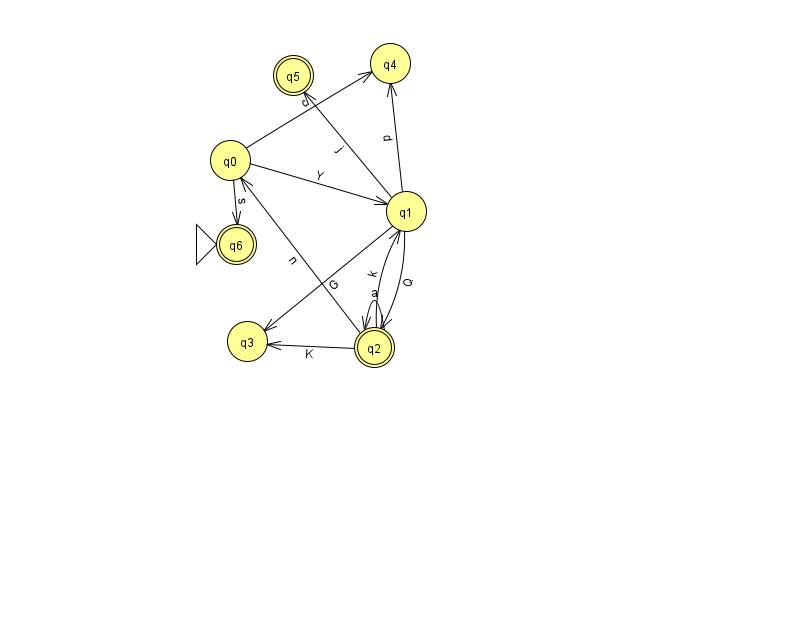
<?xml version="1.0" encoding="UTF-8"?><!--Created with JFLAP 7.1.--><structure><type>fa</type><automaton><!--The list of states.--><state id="0" name="q0"><x>230.0</x><y>147.0</y></state><state id="1" name="q1"><x>406.0</x><y>198.0</y></state><state id="2" name="q2"><x>374.0</x><y>334.0</y><final/></state><state id="3" name="q3"><x>247.0</x><y>328.0</y></state><state id="4" name="q4"><x>390.0</x><y>50.0</y></state><state id="5" name="q5"><x>293.0</x><y>62.0</y><final/></state><state id="6" name="q6"><x>236.0</x><y>231.0</y><initial/><final/></state><!--The list of transitions.--><transition><from>0</from><to>6</to><read>s</read></transition><transition><from>2</from><to>2</to><read>a</read></transition><transition><from>1</from><to>3</to><read>G</read></transition><transition><from>1</from><to>2</to><read>Q</read></transition><transition><from>0</from><to>4</to><read>c</read></transition><transition><from>1</from><to>4</to><read>d</read></transition><transition><from>1</from><to>5</to><read>j</read></transition><transition><from>2</from><to>3</to><read>K</read></transition><transition><from>2</from><to>0</to><read>n</read></transition><transition><from>0</from><to>1</to><read>Y</read></transition><transition><from>2</from><to>1</to><read>k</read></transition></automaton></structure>